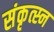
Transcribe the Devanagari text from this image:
संकृत्स्न